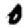
Digit: 0